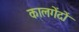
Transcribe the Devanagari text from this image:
कालगेंदों